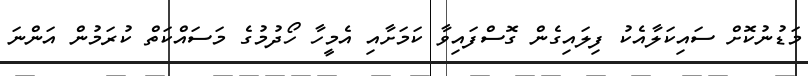
މަޑުނުކޮށް ސައިކަލާއެކު ފިލައިގެން ގޮސްފައިވާ ކަމަށާއި އެމީހާ ހޯދުމުގެ މަސައްކަތް ކުރަމުން އަންނަ